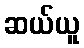
ဆယ်ယူ